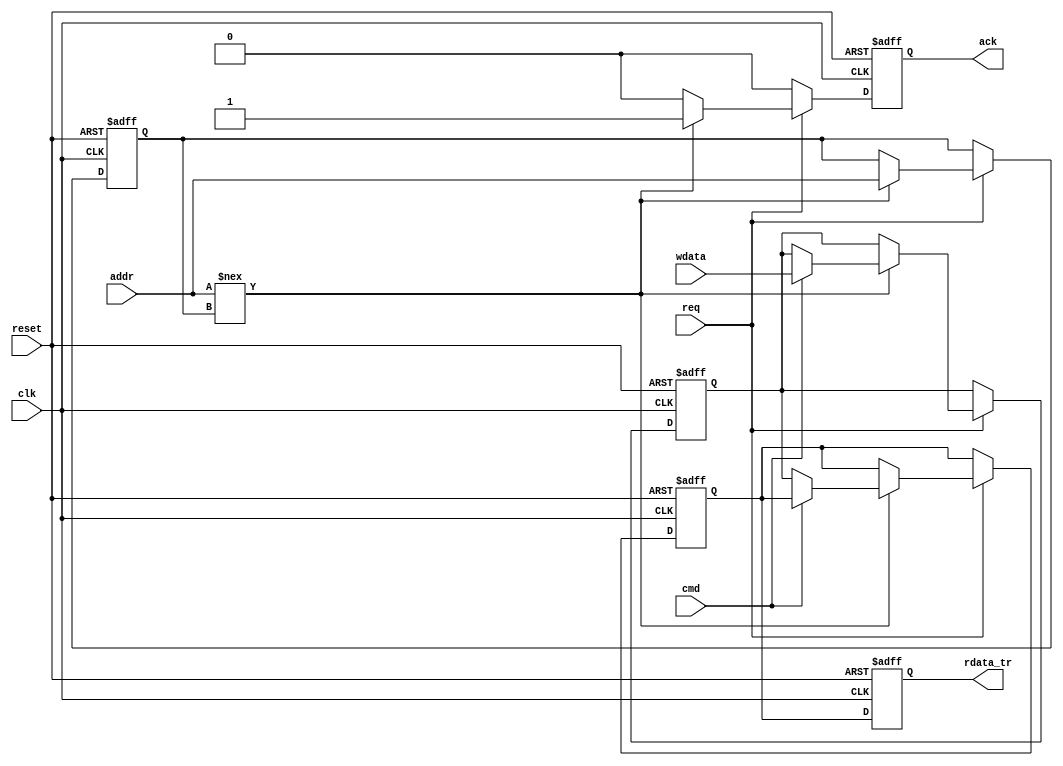
module slave
(
	input clk, 
	input reset,
	
	input req,
	input [31:0] addr,
	input cmd,
	input [31:0] wdata,
	
	output reg ack,
	output reg [31:0] rdata_tr
);
reg [31:0] data;
reg [31:0] rdata;
reg [31:0] addr_;

//simple slave, compare address to detect req (if req in "1" all time) 
//(next req must have diffrent address)
always@(posedge clk, posedge reset)
begin
	if(reset) begin
		rdata <= 32'b0;
		data <= 32'b0;
		addr_ <= 32'b0;
		ack <= 1'b0;
		end
	else if (req) 
		if (addr !== addr_) begin
			addr_<=addr;
			if (cmd) begin	
				ack <= 1'b1;
				data <= wdata;
				end
			else begin
				ack <= 1'b1;
				rdata <= data;
				end
			end
		else ack <= 1'b0;
	else ack <= 1'b0;
end

//delay 1 clk rdata (send after ack)
always@(posedge clk, posedge reset)
begin
if (reset)
	rdata_tr<=32'b0;
else 
	rdata_tr <= rdata;
end

endmodule